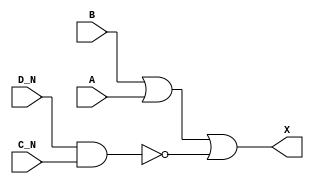
module sky130_fd_sc_ms__or4bb (
    X  ,
    A  ,
    B  ,
    C_N,
    D_N
);

    // Module ports
    output X  ;
    input  A  ;
    input  B  ;
    input  C_N;
    input  D_N;

    // Local signals
    wire nand0_out;
    wire or0_out_X;

    //   Name   Output     Other arguments
    nand nand0 (nand0_out, D_N, C_N       );
    or   or0   (or0_out_X, B, A, nand0_out);
    buf  buf0  (X        , or0_out_X      );

endmodule